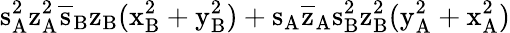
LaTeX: \mathrm{s_{A}^{2}\mathrm{z_{A}^{2}\mathrm{\overline{{s}}_{B}\mathrm{z_{B}(\mathrm{x_{B}^{2}+\mathrm{y_{B}^{2})+\mathrm{s_{A}\mathrm{\overline{{z}}_{A}\mathrm{s_{B}^{2}\mathrm{z_{B}^{2}(\mathrm{y_{A}^{2}+\mathrm{x_{A}^{2})}}}}}}}}}}}}